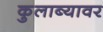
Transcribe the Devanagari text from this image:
कुलाब्यावर